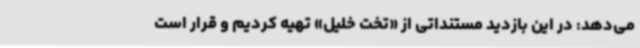
می‌دهد: در این بازدید مستنداتی از «تخت خلیل» تهیه کردیم و قرار است